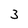
Character: 3